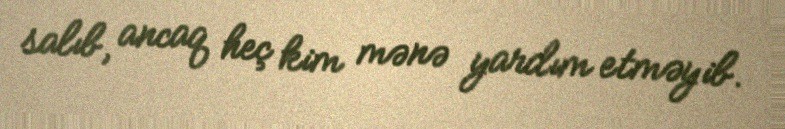
salıb, ancaq heç kim mənə yardım etməyib.